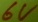
Text: 6V